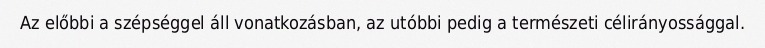
Az előbbi a szépséggel áll vonatkozásban, az utóbbi pedig a természeti célirányossággal.